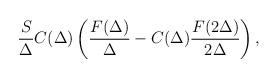
LaTeX: \begin{align*}\frac{S}{\Delta}C(\Delta)\left (\frac{F(\Delta)}{\Delta}-C(\Delta)\frac{F(2\Delta)}{2\Delta}\right ),\end{align*}